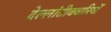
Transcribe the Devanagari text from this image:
देल्लांतीक्वारियों